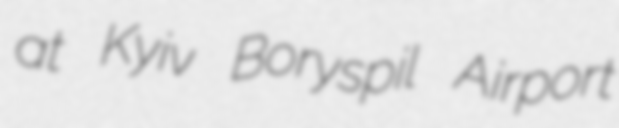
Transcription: at Kyiv Boryspil Airport